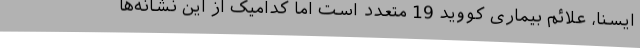
ایسنا، علائم بیماری کووید 19 متعدد است اما کدامیک از این نشانه‌ها